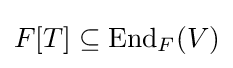
F[T]\subseteq \operatorname {End} _{F}(V)